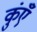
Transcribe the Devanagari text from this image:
कुंएँ